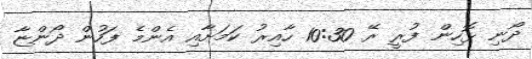
ދޯނި ޅޮހިން ފުރީ ރޭ 10:30 ހާއިރު ކަމަށާއި އެންމެ ފަހުން ދޯންޏާ